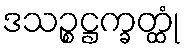
ဒသဉ္စဋ္ဌက္ခတ္ထုံ